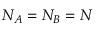
N _ { A } = N _ { B } = N